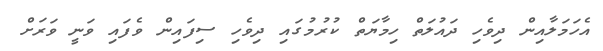
އެހަމަލާއިން ދިވެހި ދައުލަތް ހިމާޔަތް ކުރުމުގައި ދިވެހި ސިފައިން ވެފައި ވަނީ ވަރަށް